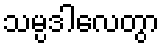
သမ္ပဒါလေတွာ